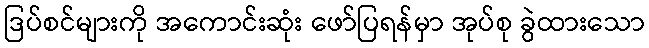
ဒြပ်စင်များကို အကောင်းဆုံး ဖော်ပြရန်မှာ အုပ်စု ခွဲထားသော